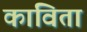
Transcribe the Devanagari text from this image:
काविता